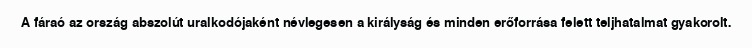
A fáraó az ország abszolút uralkodójaként névlegesen a királyság és minden erőforrása felett teljhatalmat gyakorolt.